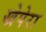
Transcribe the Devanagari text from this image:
खेपेरा